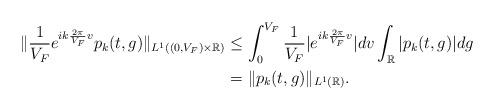
LaTeX: \begin{align*}\|\frac{1}{V_F}e^{ik\frac{2\pi}{V_F}v}p_k(t,g)\|_{L^1((0,V_F)\times\mathbb{R})}&\leq \int_{0}^{V_F}\frac{1}{V_F}|e^{ik\frac{2\pi}{V_F}v}|dv\int_{\mathbb{R}}|p_k(t,g)|dg\\&=\|p_k(t,g)\|_{{L^1(\mathbb{R})}}.\end{align*}